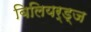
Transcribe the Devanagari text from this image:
बिलियर्ड्‌ज